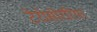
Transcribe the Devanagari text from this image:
टेरोसोररिया